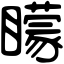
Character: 矇